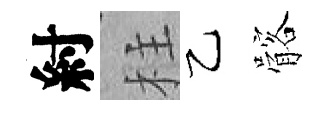
紂柱乙髂